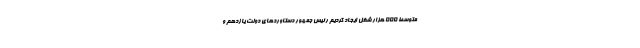
متوسط ۵۵۵ هزار شغل ایجاد کردیم رئیس جمهور دستاوردهای دولت یازدهم و